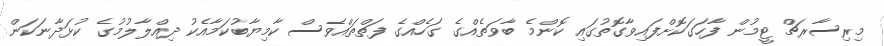
މިރިސާރޗް ޓީމުން ފާހަގަކޮށްފައިވާގޮތުގައި ކޮންމެ ބާވަތެއްގެ ގަހެއްގެ ފަތްތައްވެސް ކާމިޔާބުކަމާއެކު ދިއްލާލުމުގެ ކުޅަދާނަކަން